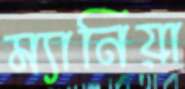
ম্যানিয়া